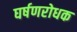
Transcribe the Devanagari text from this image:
घर्षणरोधक